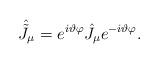
LaTeX: \begin{align*}\hat{\tilde J}_\mu=e^{i\vartheta\varphi}\hat{J}_\mu e^{-i\vartheta\varphi}.\end{align*}